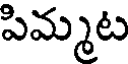
పిమ్మట